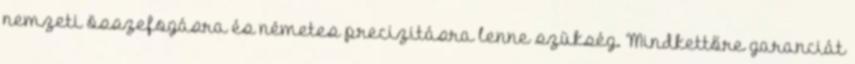
nemzeti összefogásra és németes precizitásra lenne szükség. Mindkettőre garanciát